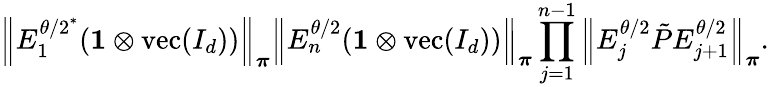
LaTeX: \left\lVert E_{1}^{{\theta/2}^{*}}(\mathbf{1}\otimes\operatorname{vec}(I_{d}))\right\rVert_{\boldsymbol\pi}\left\lVert E_{n}^{\theta/2}(\mathbf{1}\otimes\operatorname{vec}(I_{d}))\right\rVert_{\boldsymbol\pi}\prod_{j=1}^{n-1}\left\lVert E_{j}^{\theta/2}\tilde{P}E_{j+1}^{\theta/2}\right\rVert_{\boldsymbol\pi}.